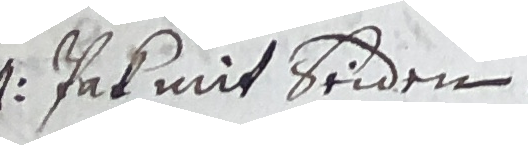
1. Pak mit beiden